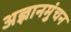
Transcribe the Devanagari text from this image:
अज्ञानमुंचन